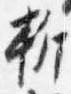
折